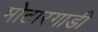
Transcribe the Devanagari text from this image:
मोटारगाडी